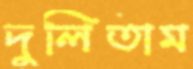
দুলিতাম